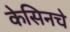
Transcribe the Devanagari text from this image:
केसिनचे